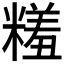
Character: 𬖱